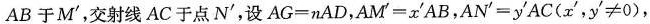
AB 于M'，交射线 AC 于点N'，设$$A G = n A D$$，$$A M ' = x ' A B$$，$$A N ' = y ' A C ( x ' ，y ' ≠ 0 )$$，